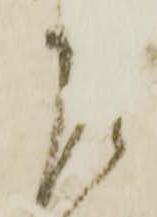
左